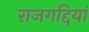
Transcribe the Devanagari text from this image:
राजगद्दियां